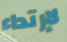
لإرتداء